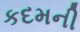
કદમની